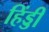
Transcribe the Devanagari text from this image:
हिंड्डी